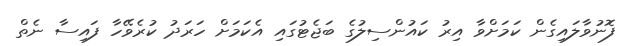
ފޮނުވާލައިގެން ކަމަށްވާ އިރު ކައުންސިލުގެ ބަޖެޓުގައި އެކަމަށް ހަރަދު ކުރެވޭހާ ފައިސާ ނެތް